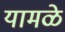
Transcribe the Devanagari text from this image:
यामळे